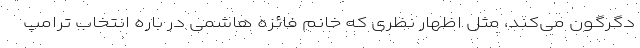
دگرگون می‌کند، مثل اظهار نظری که خانم فائزه هاشمی در باره انتخاب ترامپ